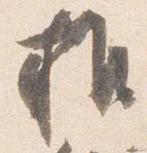
推